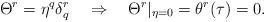
LaTeX: \begin{align*}\Theta^{r}=\eta^q\delta^r_q \quad \Rightarrow\quad \Theta^r|_{\eta=0}=\theta^{r}(\tau)=0.\end{align*}